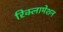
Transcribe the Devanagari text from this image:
रिक्लामेशन